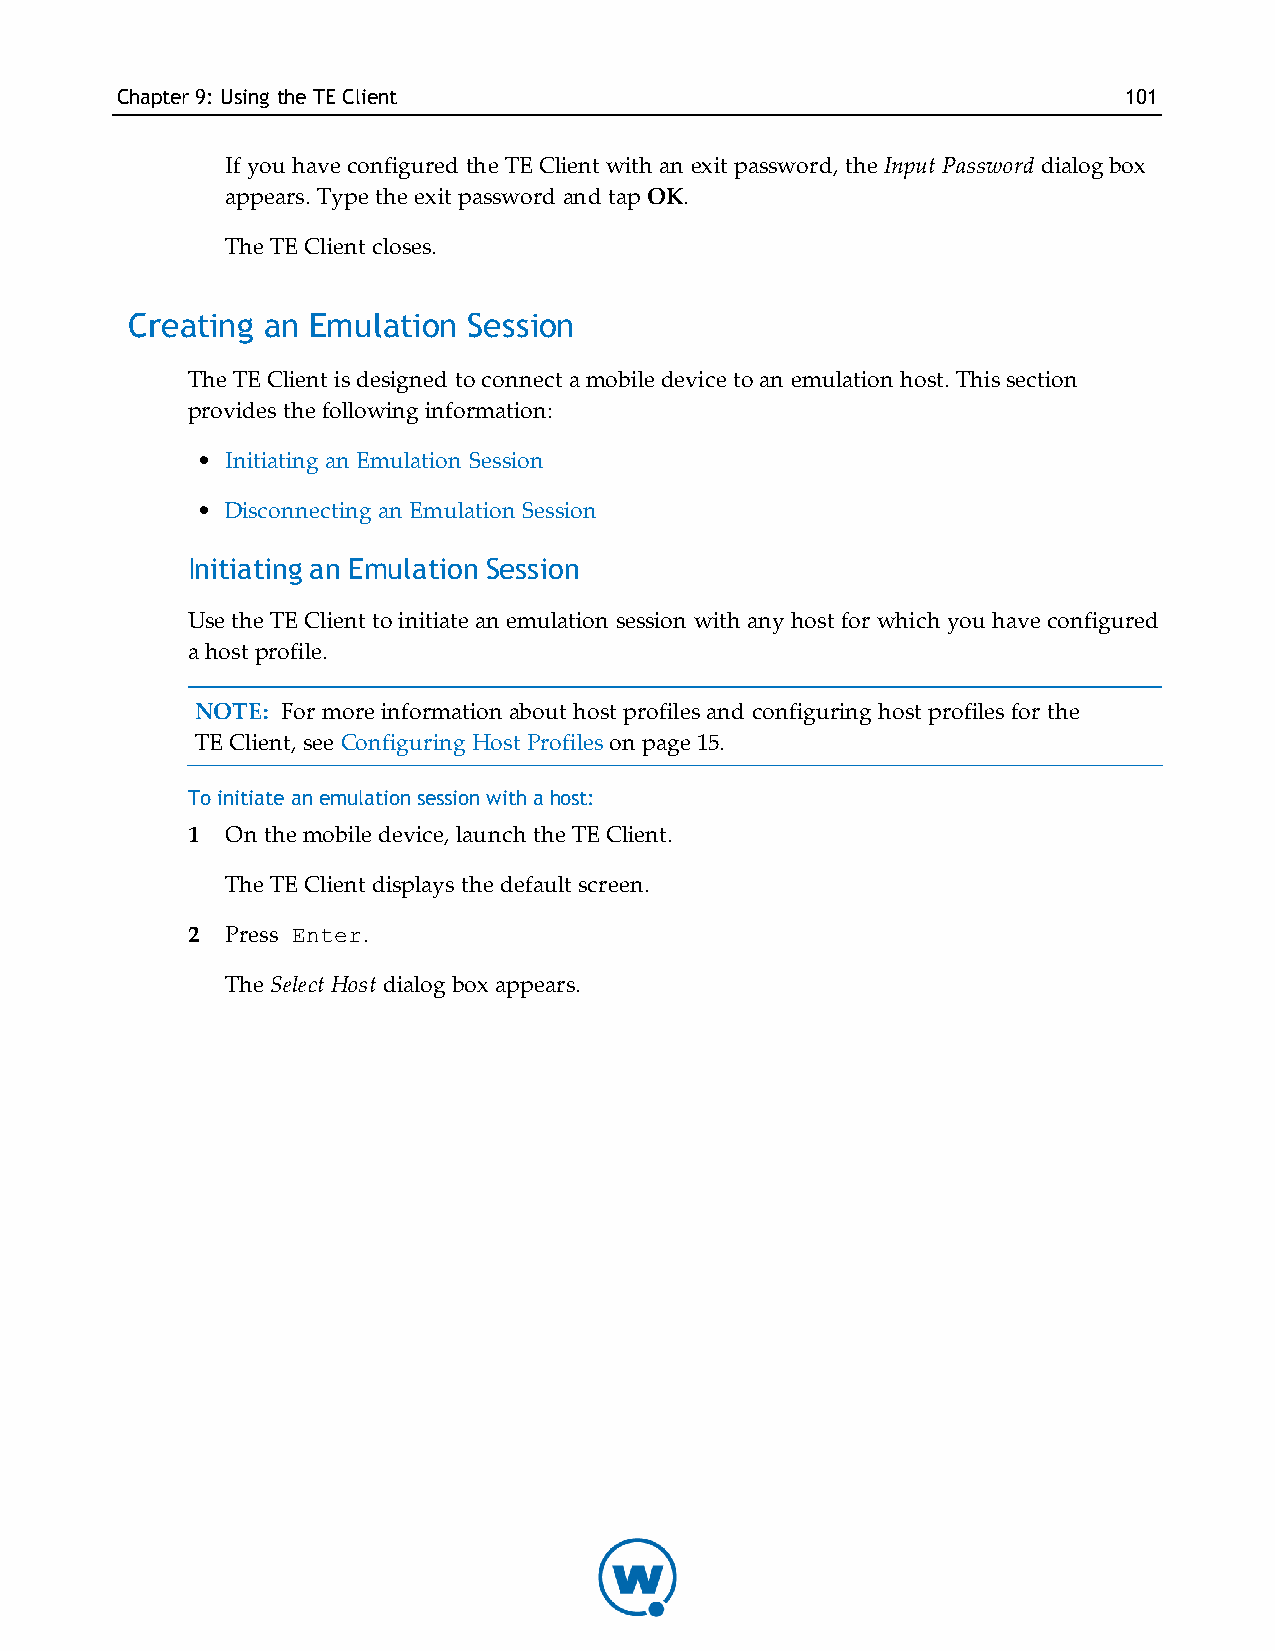
Chapter9: Using theTE Client                                      101
 If you have configured the TE Client with an exit password, the Input Password dialog box
 appears. Type the exit password and tap OK.
 The TE Client closes.
 Creating an Emulation  Session
 The TE Client is designed to connect a mobile device to an emulation host. This section
 provides the following information:
 • Initiating an Emulation Session
 • Disconnecting an Emulation Session
 Initiating an Emulation Session
 Use the TE Client to initiate an emulation session with any host for which you have configured
 a host profile.
 NOTE: For more information about host profiles and configuring host profiles for the
 TE Client, see Configuring Host Profiles on page 15.
 To initiate an emulation session with a host:
 1  On the mobile device, launch the TE Client.
 The TE Client displays the default screen.
 2  Press Enter.
 The Select Host dialog box appears.